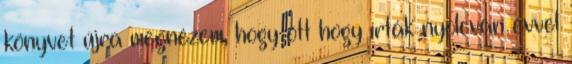
könyvet újra megnézem, hogy ott hogy írták nyolcvan évvel